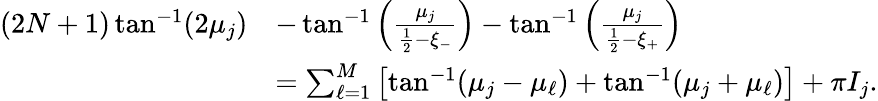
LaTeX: \begin{array}{rl}{(2N+1)\tan^{-1}(2\mu_{j})}&{-\tan^{-1}\left(\frac{\mu_{j}}{\frac{1}{2}-\xi_{-}}\right)-\tan^{-1}\left(\frac{\mu_{j}}{\frac{1}{2}-\xi_{+}}\right)}\\ &{=\sum_{\ell=1}^{M}\left[\tan^{-1}(\mu_{j}-\mu_{\ell})+\tan^{-1}(\mu_{j}+\mu_{\ell})\right]+\pi I_{j}.}\end{array}